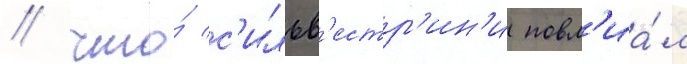
/ что́ с'ильв'естр'ин'и повл'иа́л